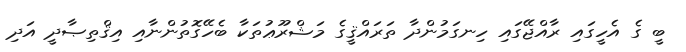
ބީ ގެ އެހީގައި ރާއްޖޭގައި ހިނގަމުންދާ ތަރައްޤީގެ މަޝްރޫޢުތަކާ ބެހޭގޮތުންނާއި އިޤްތިޞާދީ އަދި